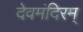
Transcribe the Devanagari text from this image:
देवमंदिरम्